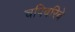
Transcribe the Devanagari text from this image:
चपिबरिबे